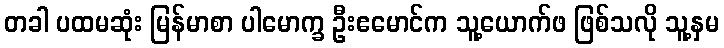
တခါ ပထမဆုံး မြန်မာစာ ပါမောက္ခ ဦးဧမောင်က သူ့ယောက်ဖ ဖြစ်သလို သူ့နှမ